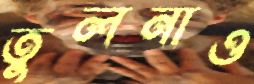
তুলনাও